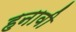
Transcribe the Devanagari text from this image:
हनावी